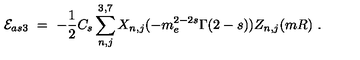
{ \cal E } _ { a s 3 } \ = \ - \frac 1 2 C _ { s } \sum _ { n , j } ^ { 3 , 7 } X _ { n , j } ( - m _ { e } ^ { 2 - 2 s } \Gamma ( 2 - s ) ) Z _ { n , j } ( m R ) \ .